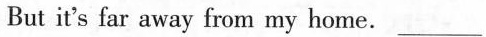
But it's far away from my home. ___